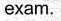
exam.